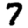
Digit: 7